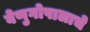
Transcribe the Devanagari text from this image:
वेणुगोपालाचे